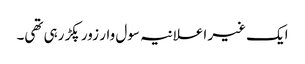
ایک غیر اعلانیہ سول وار زور پکڑ رہی تھی۔